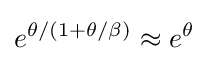
e^{\theta /(1+\theta /\beta )}\approx e^{\theta }